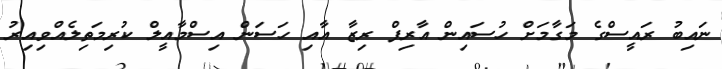
ނައިބު ރައީސްގެ މަގާމަށް ހުސައިން އާރިފް ރިޒާ އާއި ހަސަން އިސްމާއީލް ކުރިމަތިލެއްވިއިރު